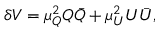
\delta V = \mu _ { Q } ^ { 2 } Q \bar { Q } + \mu _ { U } ^ { 2 } U \bar { U } ,